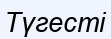
Түгесті